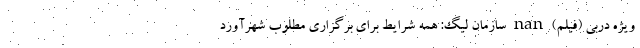
ویژه دربی (فیلم) nan سازمان لیگ: همه شرایط برای برگزاری مطلوب شهرآورد